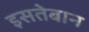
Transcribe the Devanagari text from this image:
इसतेबान